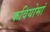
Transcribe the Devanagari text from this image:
कवियोमां